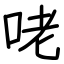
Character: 咾